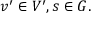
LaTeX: v ^ { \prime } \in V ^ { \prime } , s \in G .